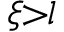
\xi \! \! > \! \! l